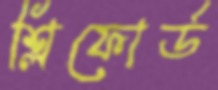
শ্লিফোর্ড